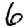
Digit: 6